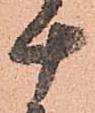
十